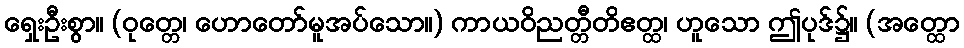
ရှေးဦးစွာ။ (ဝုတ္တေ၊ ဟောတော်မူအပ်သော။) ကာယဝိညတ္တီတိဧတ္ထ၊ ဟူသော ဤပုဒ်၌။ (အတ္ထော